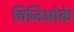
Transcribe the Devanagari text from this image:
चिजिओके